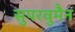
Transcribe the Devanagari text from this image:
सुपरवुमैन